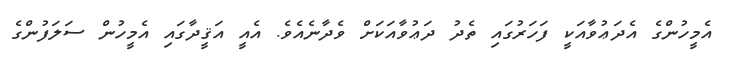
އެމީހުންގެ އެދަޢުވާއަކީ ފަހަރުގައި ތެދު ދަޢުވާއަކަށް ވެދާނެއެވެ. އެއީ އަޤީދާގައި އެމީހުން ސަލަފުންގެ